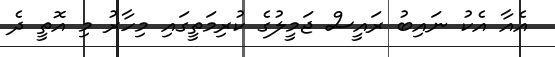
އެއާ އެކު ނައިބު ރައީސް ޖަމީލުގެ ކުރިމަތީގައި މިހާރު މި އޮތީ ދެ